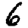
Digit: 6